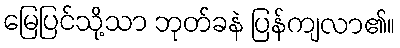
မြေပြင်သို့သာ ဘုတ်ခနဲ ပြန်ကျလာ၏။